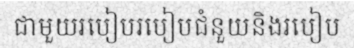
ជាមួយរបៀបរបៀបជំនួយនិងរបៀប